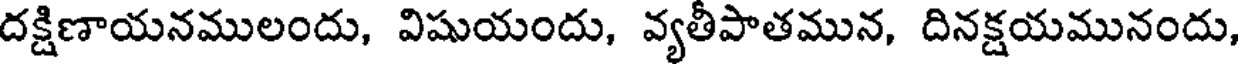
దక్షిణాయనములందు, విషుయందు, వ్యతీపాతమున, దినక్షయమునందు,